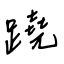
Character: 蹺